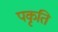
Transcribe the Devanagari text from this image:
पकृति